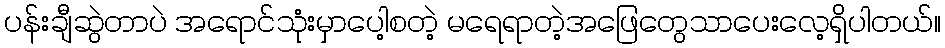
ပန်းချီဆွဲတာပဲ အရောင်သုံးမှာပေါ့စတဲ့ မရေရာတဲ့အဖြေတွေသာပေးလေ့ရှိပါတယ်။